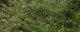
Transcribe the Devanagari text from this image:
वोलागडा